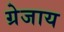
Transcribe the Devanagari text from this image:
ग्रेजाय